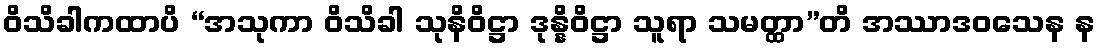
ဝိသိခါကထာပိ “အသုကာ ဝိသိခါ သုနိဝိဋ္ဌာ ဒုန္နိဝိဋ္ဌာ သူရာ သမတ္ထာ”တိ အဿာဒဝသေန န